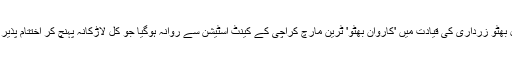
بلاول بھٹو زرداری کی قیادت میں 'کاروانِ بھٹو' ٹرین مارچ کراچی کے کینٹ اسٹیشن سے روانہ ہوگیا جو کل لاڑکانہ پہنچ کر اختتام پذیر ہوگا۔